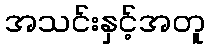
အသင်းနှင့်အတူ